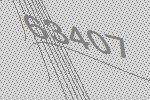
63407